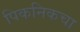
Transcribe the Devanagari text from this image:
पिकनिकचा